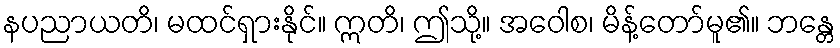
နပညာယတိ၊ မထင်ရှားနိုင်။ ဣတိ၊ ဤသို့။ အဝေါစ၊ မိန့်တော်မူ၏။ ဘန္တေ